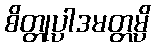
စိတ္တုပ္ပါဒမတ္တမ္ပိ